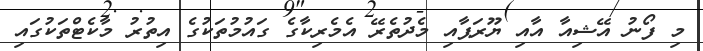
މި ފޯނު އޭޝިއާ އާއި ޔޫރަޕާއި މެދުތެރޭ އެމެރިކާގެ ގައުމުތަކުގެ އިތުރު މާކެޓްތަކުގައި